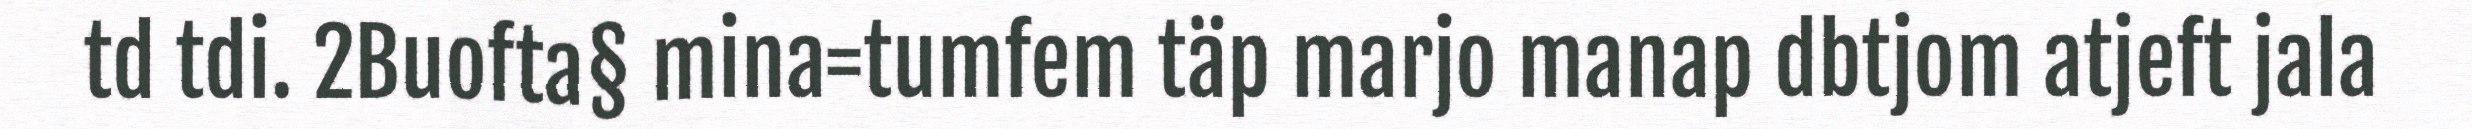
td tdi. 2Buofta§ mina=tumfem täp marjo manap dbtjom atjeft jala